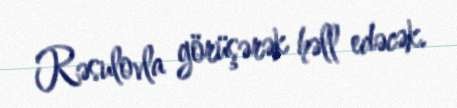
Rəsulovla görüşərək həll edəcək.